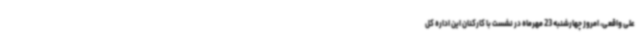
علی واقعی، امروز چهارشنبه 23 مهرماه در نشست با کارکنان این اداره کل